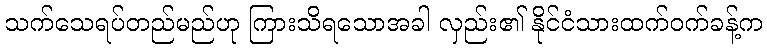
သက်သေရပ်တည်မည်ဟု ကြားသိရသောအခါ လှည်း၏ နိုင်ငံသားထက်ဝက်ခန့်က